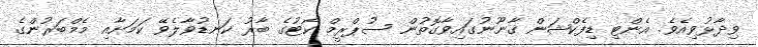
ވިދާޅުވިއެވެ. އެންޓި ޑިފެކްޝަން ގާނޫނުގައިވާގޮތުން ސުޕްރީމް ކޯޓުގެ ބާރު ކަނޑުވާލެވޭ ކަމަށާއި މެމްބަރުންގެ